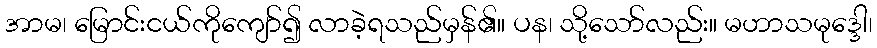
အာမ၊ မြောင်းငယ်ကိုကျော်၍ လာခဲ့ရသည်မှန်၏။ ပန၊ သို့သော်လည်း။ မဟာသမုဒ္ဒေါ၊